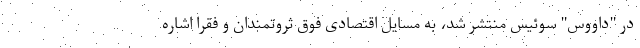
در "داووس" سوئیس منتشر شد، به مسایل اقتصادی فوق ثروتمندان و فقرا اشاره